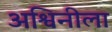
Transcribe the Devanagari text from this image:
अश्विनीला